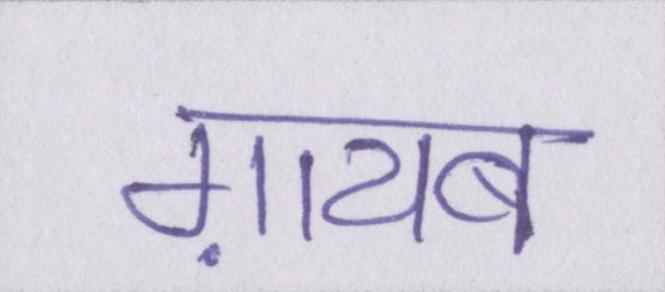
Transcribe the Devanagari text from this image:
ग़ायब